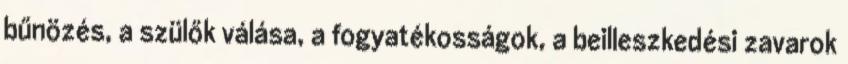
bűnözés, a szülők válása, a fogyatékosságok, a beilleszkedési zavarok